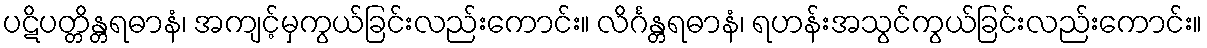
ပဋိပတ္တိန္တရဓာနံ၊ အကျင့်မှကွယ်ခြင်းလည်းကောင်း။ လိင်္ဂန္တရဓာနံ၊ ရဟန်းအသွင်ကွယ်ခြင်းလည်းကောင်း။